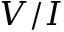
V / I